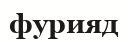
фурияд